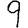
Digit: 9